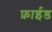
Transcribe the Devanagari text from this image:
फ्राईड